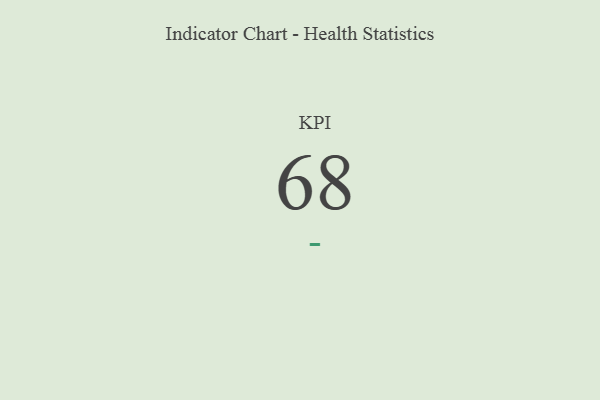
{"axis": {"x": "KPI", "y": "Value"}, "legend": [""], "data": [{"x": "KPI", "y": 68, "type": ""}]}